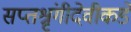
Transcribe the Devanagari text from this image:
सप्तश्रृंगीदेवीकडे